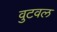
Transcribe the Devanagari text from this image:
वुटवल